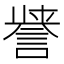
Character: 𮘤